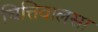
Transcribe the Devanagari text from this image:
चित्तिवालसा